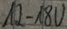
Text: 12-18V